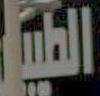
الطليان